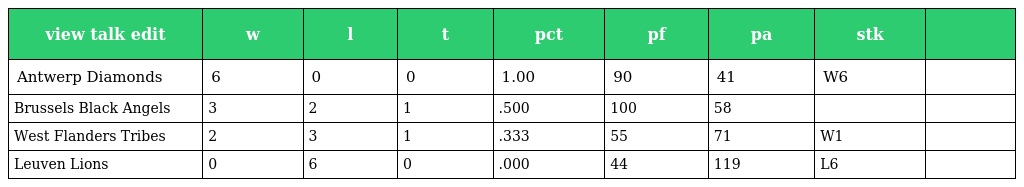
| view talk edit | w | l | t | pct | pf | pa | stk |  |
 | --- | --- | --- | --- | --- | --- | --- | --- | --- |
 | Antwerp Diamonds | 6 | 0 | 0 | 1.00 | 90 | 41 | W6 |  |
 | Brussels Black Angels | 3 | 2 | 1 | .500 | 100 | 58 |  |  |
 | West Flanders Tribes | 2 | 3 | 1 | .333 | 55 | 71 | W1 |  |
 | Leuven Lions | 0 | 6 | 0 | .000 | 44 | 119 | L6 |  |